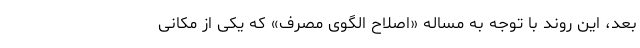
بعد، این روند با توجه به مساله «اصلاح الگوی مصرف» که یکی از مکانی